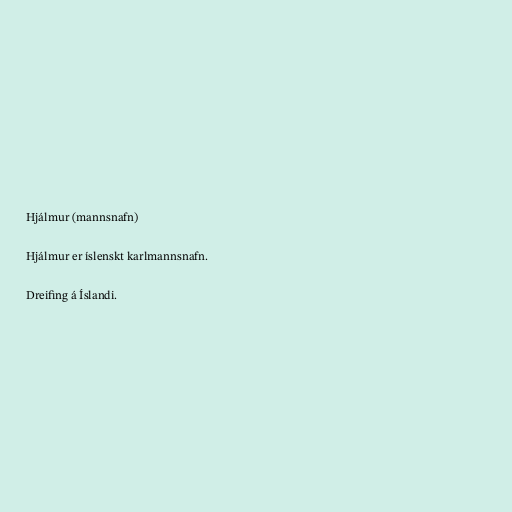
Hjálmur (mannsnafn)

Hjálmur er íslenskt karlmannsnafn.

Dreifing á Íslandi.